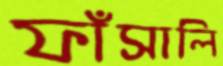
ফাঁসালি